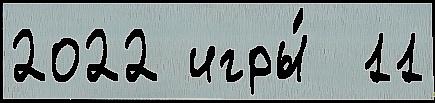
2022 игры́  11